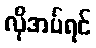
လိုအပ်ရင်